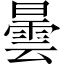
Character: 曇